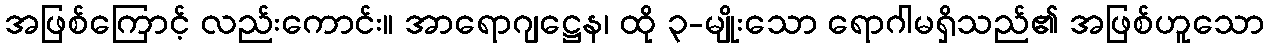
အဖြစ်ကြောင့် လည်းကောင်း။ အာရောဂျဋ္ဌေန၊ ထို ၃-မျိုးသော ရောဂါမရှိသည်၏ အဖြစ်ဟူသော